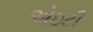
એઇટી